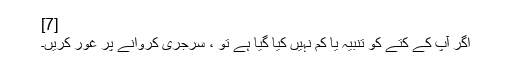
[7]
اگر آپ کے کتے کو تنبیہ یا کم نہیں کیا گیا ہے تو ، سرجری کروانے پر غور کریں۔